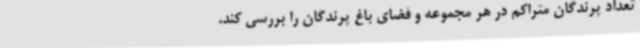
تعداد پرندگان متراکم در هر مجموعه و فضای باغ پرندگان را بررسی کند.